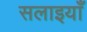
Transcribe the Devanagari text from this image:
सलाइयाँ